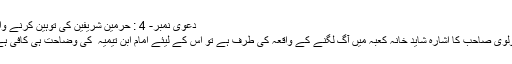
دعویٰ نمبر- 4 : حرمین شریفین کی توہین کرنے والا
مولوی صاحب کا اشارہ شاید خانہ کعبہ میں آگ لگنے کے واقعہ کی طرف ہے تو اس کے لیئے امام ابن تیمیہ ؒ کی وضاحت ہی کافی ہے۔